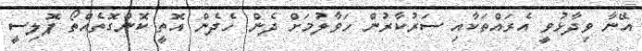
އޭނާ ވިދާޅުވީ އެރައްތަކާއި ސަރުކާރުން ހަވާލުމަށް ދެން ހެދެން އޮތީ ކޮންގޮތެއްތޯ ޕޮލިސީ